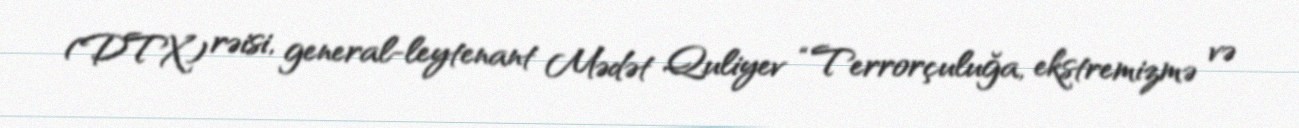
(DTX) rəisi, general-leytenant Mədət Quliyev “Terrorçuluğa, ekstremizmə və